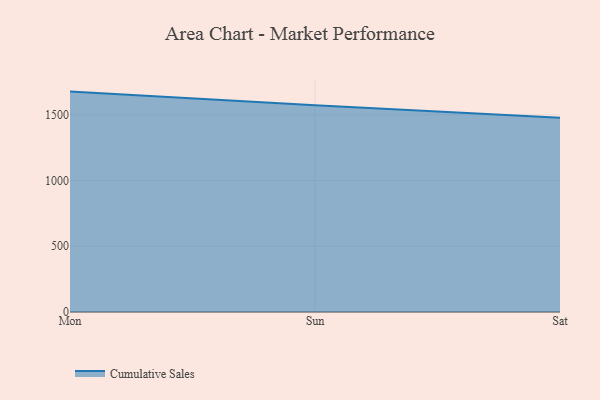
{"axis": {"x": "Day", "y": "Population (Million)"}, "legend": ["Cumulative Sales"], "data": [{"x": "Mon", "y": 1676.4, "type": "Cumulative Sales"}, {"x": "Sun", "y": 1571.9, "type": "Cumulative Sales"}, {"x": "Sat", "y": 1477.9, "type": "Cumulative Sales"}]}